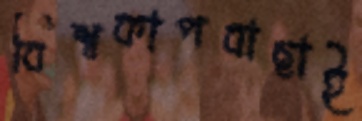
বিশ্বকাপবাছাই